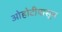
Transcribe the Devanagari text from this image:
ओहोटीपासून